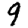
Digit: 9